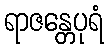
ရာဇန္တေပုရံ